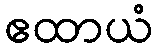
ဧထာယံ